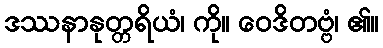
ဒဿနာနုတ္တရိယံ၊ ကို။ ဝေဒိတဗ္ဗံ၊ ၏။